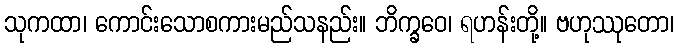
သုကထာ၊ ကောင်းသောစကားမည်သနည်း။ ဘိက္ခဝေ၊ ရဟန်းတို့။ ဗဟုဿုတော၊